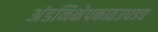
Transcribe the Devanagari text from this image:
अंडनिक्षेपकातउघडत